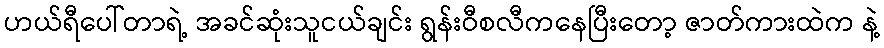
ဟယ်ရီပေါ်တာရဲ့ အခင်ဆုံးသူငယ်ချင်း ရွန်းဝီစလီကနေပြီးတော့ ဇာတ်ကားထဲက နဲ့